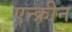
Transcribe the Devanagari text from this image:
एन्क्रीन